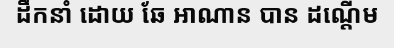
ដឹកនាំ ដោយ ឆែ អាណាន បាន ដណ្តើម